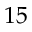
1 5